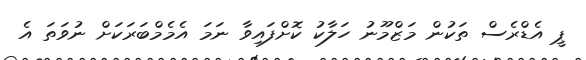
ޕީ އެޑްރެސް ތަކުން މަޒްމޫނު ހަލާކު ކޮށްފައިވާ ނަމަ އެމެމްބަރަކަށް ނުވަތަ އެ